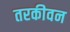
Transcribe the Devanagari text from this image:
तरकीवन